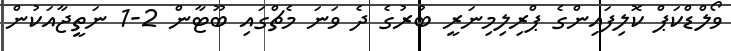
ވޯލްޑްކަޕް ކޮލިފައިންގެ ޕްރިލިމިނަރީ ބުރުގެ ދެ ވަނަ މެޗްގައި ބޫޓާން 2-1 ނަތީޖާއަކުން